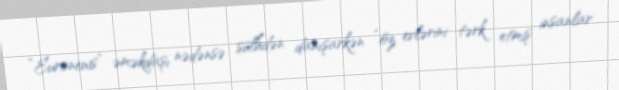
“Euronews” əməkdaşı nədənsə sülhdən danışarkən “öz evlərini tərk etmiş insanlar